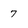
Character: 7